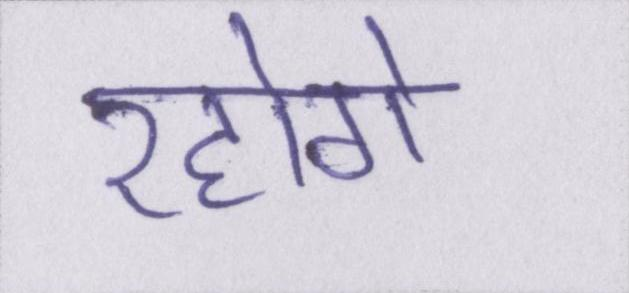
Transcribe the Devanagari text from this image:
रहोगे